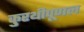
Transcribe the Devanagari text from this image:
कुरथीपूणल